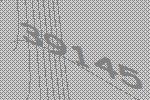
39145